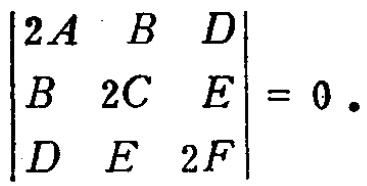
$\begin{vmatrix}
2A & B & D \\
B & 2C & E \\
D & E & 2F
\end{vmatrix}=0.$